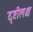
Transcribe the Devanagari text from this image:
दृष्टीलक्ष